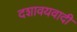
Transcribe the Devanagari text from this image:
दशावयवादी